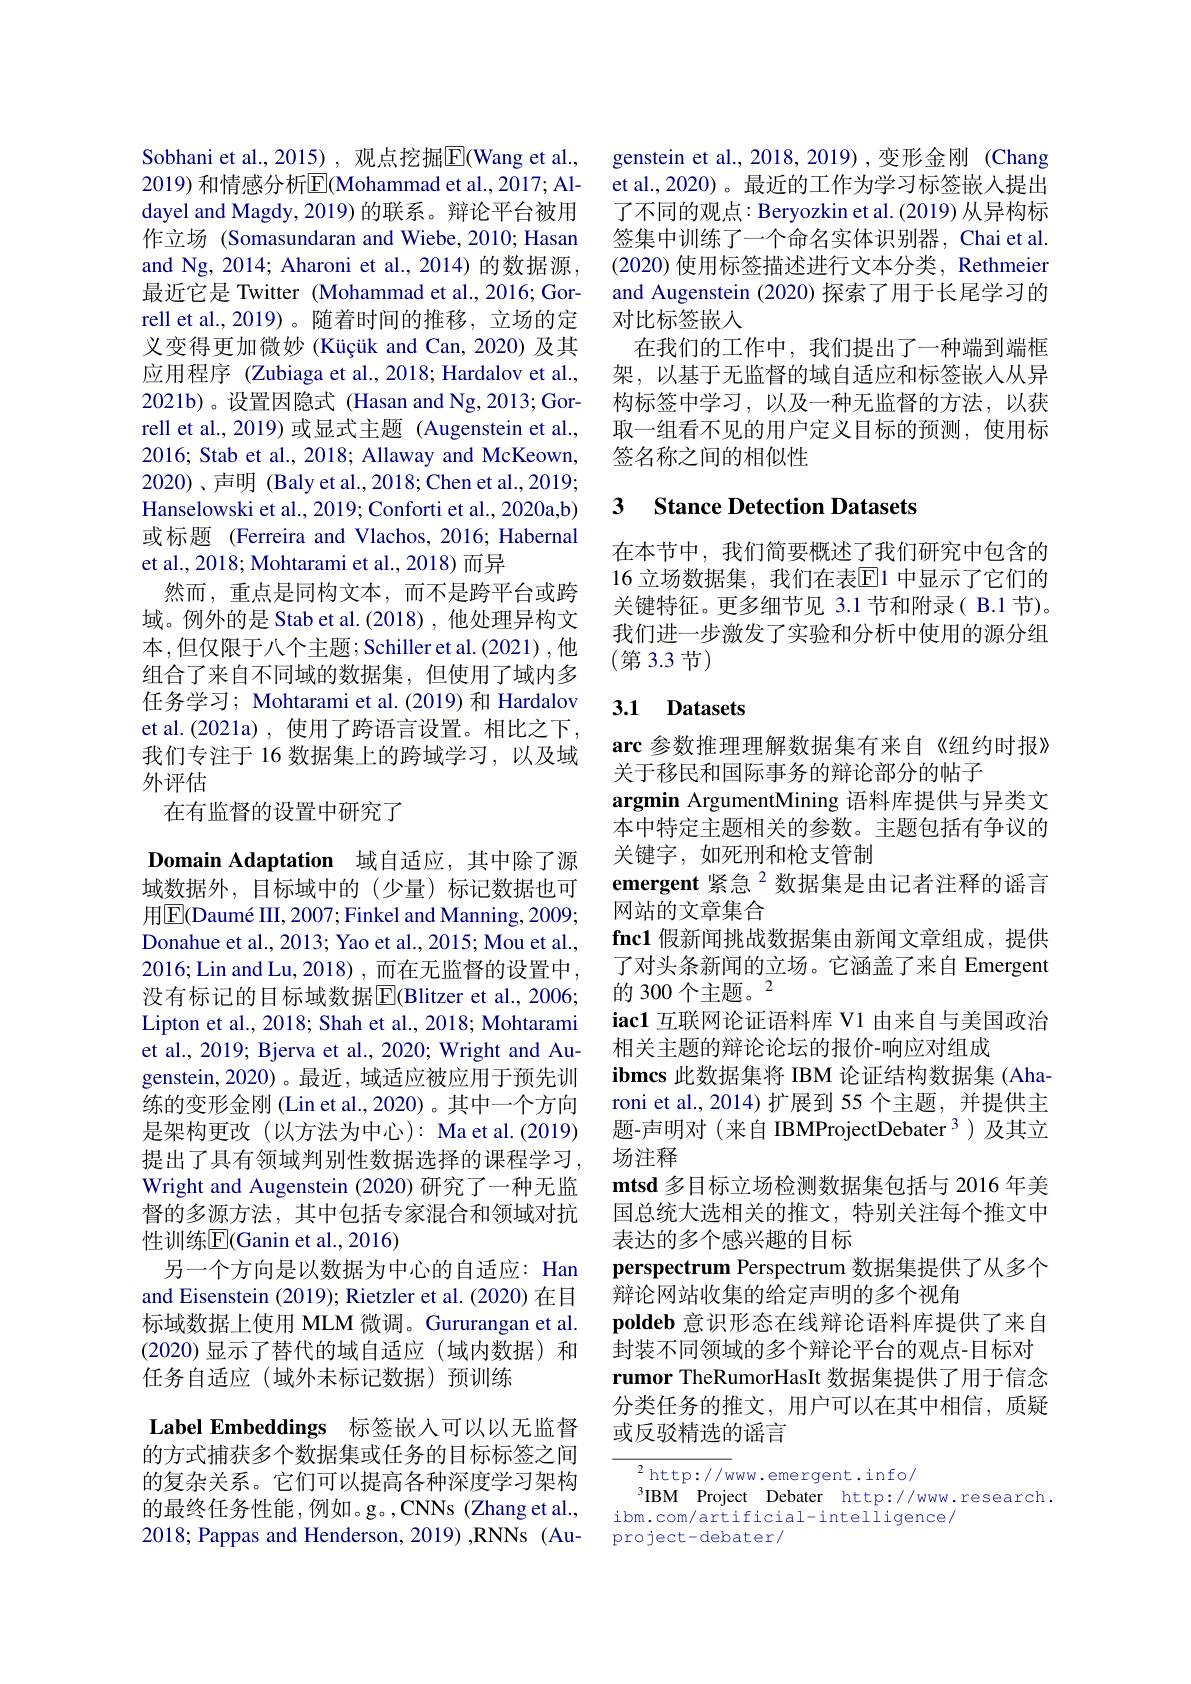
Sobhani et al.,2015), 观点挖掘$\overline{\mathrm{E}}($Wang et al., 2019) 和情感分析$\overline{\mathrm{E}}($Mohammad et al., 2017; Aldayel and Magdy, 2019) 的联系。辩论平台被用作立场 (Somasundaran and Wiebe, 2010; Hasan and Ng, 2014; Aharoni et al., 2014) 的数据源， 最近它是 Twitter (Mohammad et al.,2016; Gorrell et al.,2019)。随着时间的推移，立场的定义变得更加微妙(Küçük and Can,2020)及其应用程序 (Zubiaga et al., 2018; Hardalov et al., 2021b)。设置因隐式 (Hasan and Ng, 2013; Gorrell et al.,2019)或显式主题(Augenstein et al., 2016; Stab et al., 2018; Allaway and McKeown, 2020)、声明 (Baly et al.,2018; Chen et al.,2019; Hanselowski et al., 2019; Conforti et al., 2020a,b) 或标题 (Ferreira and Vlachos, 2016; Habernal et al., 2018; Mohtarami et al., 2018) 而异
然而，重点是同构文本，而不是跨平台或跨域。例外的是 Stab et al.(2018),他处理异构文本，但仅限于八个主题；Schiller et al.(2021),他组合了来自不同域的数据集，但使用了域内多任务学习；Mohtarami et al.(2019) 和 Hardalov et al.(2021a),使用了跨语言设置。相比之下， 我们专注于 16 数据集上的跨域学习，以及域外评估
在有监督的设置中研究了

Domain Adaptation 域自适应，其中除了源域数据外，目标域中的(少量)标记数据也可用$|\mathbb{E}($Daumé III, 2007; Finkel and Manning, 2009; Donahue et al., 2013; Yao et al., 2015; Mou et al., 2016;Lin and Lu,2018),而在无监督的设置中没有标记的目标域数据$\overline{\mathrm{E}}($Blitzer et al., 2006; Lipton et al., 2018; Shah et al., 2018; Mohtarami et al., 2019; Bjerva et al., 2020; Wright and Augenstein,2020)。最近，域适应被应用于预先训练的变形金刚 (Lin et al.,2020)。其中一个方向是架构更改(以方法为中心): Ma et al.(2019) 提出了具有领域判别性数据选择的课程学习， Wright and Augenstein (2020) 研究了一种无监督的多源方法，其中包括专家混合和领域对抗性训练$\mathbb{E}($Ganin et al.,2016)
另一个方向是以数据为中心的自适应：Han and Eisenstein (2019); Rietzler et al. (2020) 在目标域数据上使用 MLM 微调。Gururangan et al. (2020)显示了替代的域自适应(域内数据)和任务自适应(域外未标记数据)预训练
Label Embeddings 标签嵌入可以以无监督

的方式捕获多个数据集或任务的目标标签之间的复杂关系。它们可以提高各种深度学习架构的最终任务性能，例如。g。,CNNs (Zhang et al., 2018; Pappas and Henderson, 2019) ,RNNs (Au-

genstein et al., 2018, 2019),变形金刚 (Chang et al.,2020) 。最近的工作为学习标签嵌入提出了不同的观点：Beryozkin et al.(2019) 从异构标签集中训练了一个命名实体识别器，Chai et al. (2020) 使用标签描述进行文本分类，Rethmeier and Augenstein (2020) 探索了用于长尾学习的对比标签嵌入
在我们的工作中，我们提出了一种端到端框架，以基于无监督的域自适应和标签嵌入从异构标签中学习，以及一种无监督的方法，以获取一组看不见的用户定义目标的预测，使用标签名称之间的相似性

### 3 Stance Detection Datasets

在本节中，我们简要概述了我们研究中包含的16 立场数据集，我们在表$\overline{\mathrm{E}}$1 中显示了它们的关键特征。更多细节见 3.1 节和附录( B.1 节)。我们进一步激发了实验和分析中使用的源分组(第3.3节)

## 3.1 Datasets

arc 参数推理理解数据集有来自《纽约时报》
关于移民和国际事务的辩论部分的帖子
argmin ArgumentMining 语料库提供与异类文本中特定主题相关的参数。主题包括有争议的关键字，如死刑和枪支管制
emergent 紧急$^{2}$数据集是由记者注释的谣言
网站的文章集合
fnc1 假新闻挑战数据集由新闻文章组成，提供了对头条新闻的立场。它涵盖了来自 Emergent 的300个主题。2
iac1 互联网论证语料库 V1 由来自与美国政治
相关主题的辩论论坛的报价-响应对组成
ibmcs 此数据集将 IBM 论证结构数据集 (Aharoni et al., 2014)扩展到 55 个主题，并提供主题-声明对(来自 IBMProjectDebater 3)及其立场注释
$\mathbf{mtsd}$多目标立场检测数据集包括与 2016 年美国总统大选相关的推文，特别关注每个推文中表达的多个感兴趣的目标
perspectrum Perspectrum 数据集提供了从多个
辩论网站收集的给定声明的多个视角
poldeb 意识形态在线辩论语料库提供了来自封装不同领域的多个辩论平台的观点-目标对rumor TheRumorHasIt 数据集提供了用于信念分类任务的推文，用户可以在其中相信，质疑或反驳精选的谣言

${^2\mathrm{http://w}}$ww.emergent.info/
$^{3}$IBM Project Debater http://www.research.
ibm.com/artificial-intelligence/
project-debater/